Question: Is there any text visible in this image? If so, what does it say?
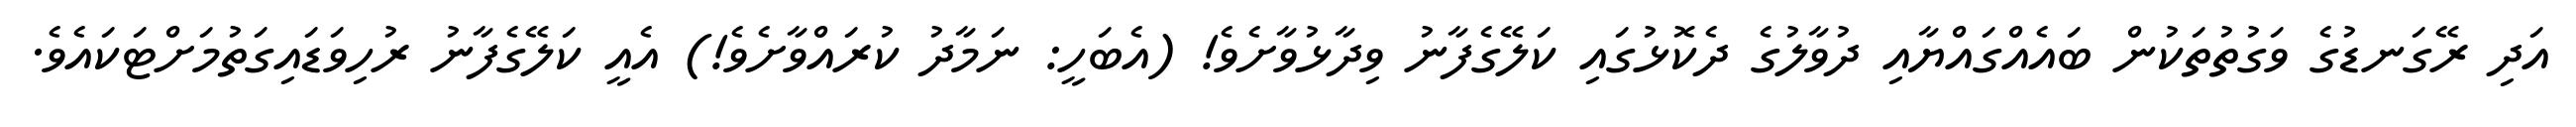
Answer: އަދި ރޭގަނޑުގެ ވަގުތުތަކުން ބައެއްގައްޔާއި ދުވާލުގެ ދެކޮޅުގައި ކަލޭގެފާނު ވިދާޅުވާށެވެ! (އެބަހީ: ނަމާދު ކުރައްވާށެވެ!) އެއީ ކަލޭގެފާނު ރުހިވަޑައިގަތުމަށްޓަކައެވެ.